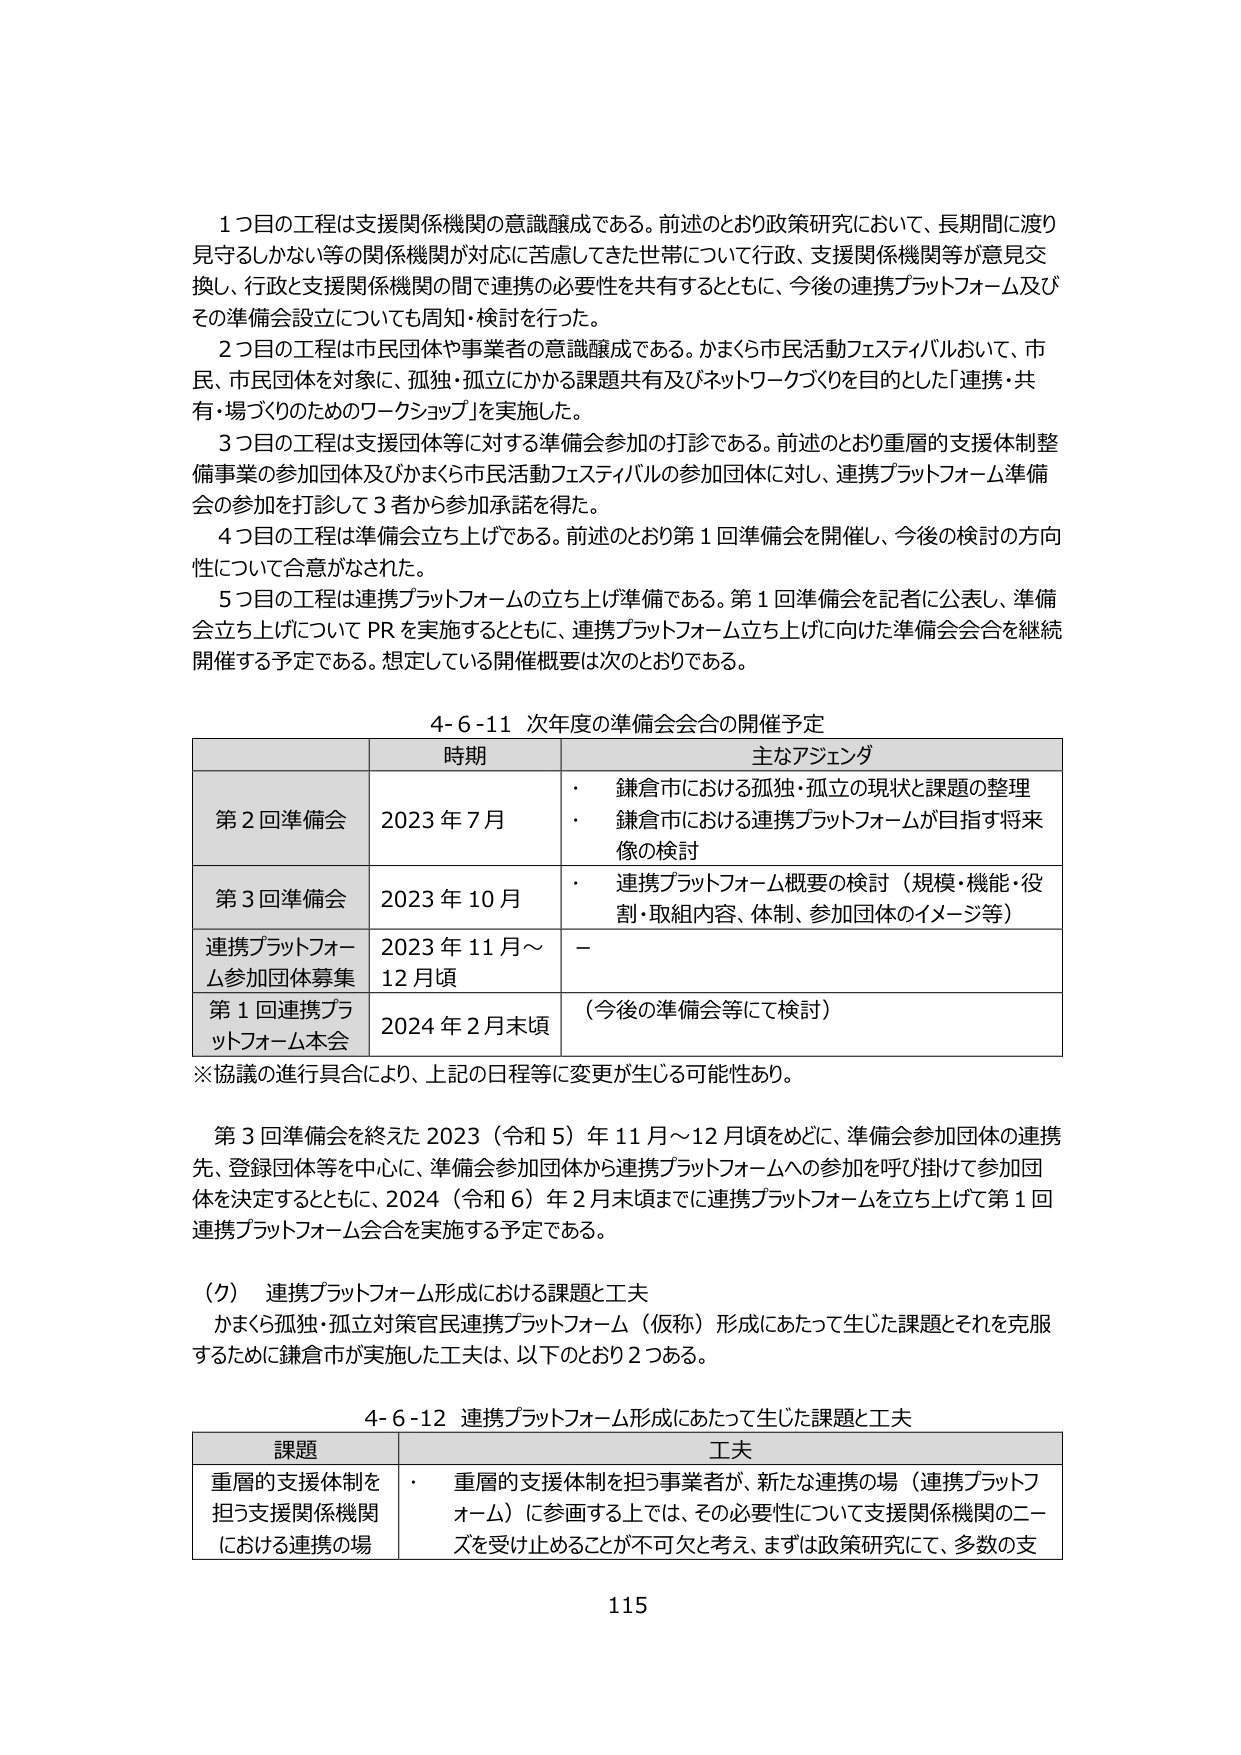
1つ目の工程は支援関係機関の意識醸成である。前述のとおり政策研究において、長期間に渡り見守るしかない等の関係機関が対応に苦慮してきた世帯について行政、支援関係機関等が意見交換し、行政と支援関係機関の間で連携の必要性を共有するとともに、今後の連携プラットフォーム及びその準備会設立についても周知・検討を行った。

2つ目の工程は市民団体や事業者の意識醸成である。かまくら市民活動フェスティバルおいて、市民、市民団体を対象に、孤独・孤立にかかる課題共有及びネットワークづくりを目的とした「連携・共有・場づくりのためのワークショップ」を実施した。

3つ目の工程は支援団体等に対する準備会参加の打診である。前述のとおり重層的支援体制整備事業の参加団体及びかまくら市民活動フェスティバルの参加団体に対し、連携プラットフォーム準備会の参加を打診して3者から参加承諾を得た。

4つ目の工程は準備会立ち上げである。前述のとおり第1回準備会を開催し、今後の検討の方向性について合意がなされた。

5つ目の工程は連携プラットフォームの立ち上げ準備である。第1回準備会を記者に公表し、準備会立ち上げについてPRを実施するとともに、連携プラットフォーム立ち上げに向けた準備会会合を継続開催する予定である。想定している開催概要は次のとおりである。

4-6-11 次年度の準備会会合の開催予定

| 時期 | 主なアジェンダ |
|------|----------------|
| 第2回準備会 | 2023年7月 | ・鎌倉市における孤独・孤立の現状と課題の整理<br>・鎌倉市における連携プラットフォームが目指す将来像の検討 |
| 第3回準備会 | 2023年10月 | ・連携プラットフォーム概要の検討（規模・機能・役割・取組内容、体制、参加団体のイメージ等） |
| 連携プラットフォーム参加団体募集 | 2023年11月～12月頃 | － |
| 第1回連携プラットフォーム本会 | 2024年2月末頃 | （今後の準備会等にて検討） |

※協議の進行具合により、上記の日程等に変更が生じる可能性あり。

第3回準備会を終えた2023（令和5）年11月～12月頃をめどに、準備会参加団体の連携先、登録団体等を中心に、準備会参加団体から連携プラットフォームへの参加を呼び掛けて参加団体を決定するとともに、2024（令和6）年2月末頃までに連携プラットフォームを立ち上げて第1回連携プラットフォーム会合を実施する予定である。

（ク） 連携プラットフォーム形成における課題と工夫

かまくら孤独・孤立対策官民連携プラットフォーム（仮称）形成にあたって生じた課題とそれを克服するために鎌倉市が実施した工夫は、以下のとおり2つある。

4-6-12 連携プラットフォーム形成にあたって生じた課題と工夫

| 課題 | 工夫 |
|------|------|
| 重層的支援体制を担う支援関係機関における連携の場 | ・重層的支援体制を担う事業者が、新たな連携の場（連携プラットフォーム）に参画する上では、その必要性について支援関係機関のニーズを受け止めることが不可欠と考え、まずは政策研究にて、多数の支 |

115